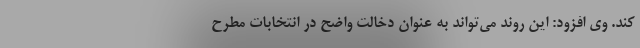
کند. وی افزود: این روند می‌تواند به عنوان دخالت واضح در انتخابات مطرح